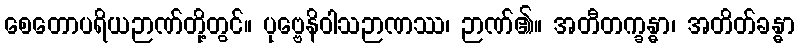
စေတောပရိယဉာဏ်တို့တွင်။ ပုဗ္ဗေနိဝါသဉာဏဿ၊ ဉာဏ်၏။ အတီတက္ခန္ဓာ၊ အတိတ်ခန္ဓာ